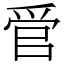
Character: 𬋩